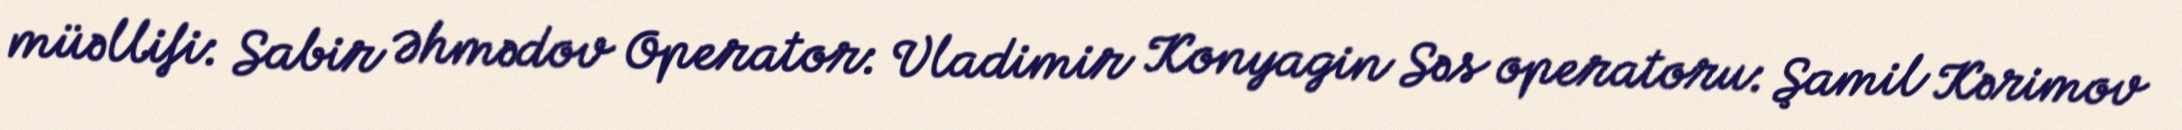
müəllifi: Sabir Əhmədov Operator: Vladimir Konyagin Səs operatoru: Şamil Kərimov